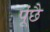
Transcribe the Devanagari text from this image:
पूंछै